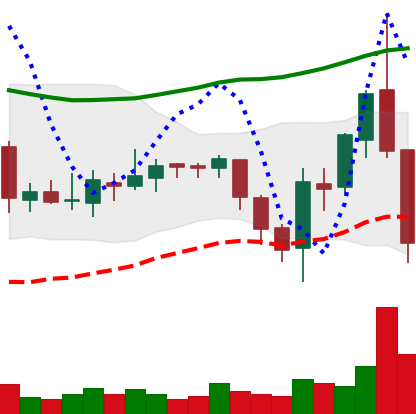
Ticker: ETC-USD
Chart end date: 2018-08-08
Forward return: -20.323%
Label: down_7plus